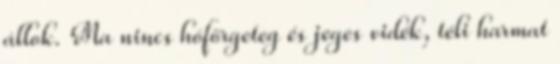
állok. Ma nincs hóförgeteg és jeges vidék, téli harmat